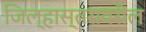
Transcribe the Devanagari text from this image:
जिल्हास्तरावरील